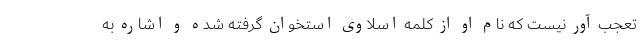
تعجب آور نیست که نام او از کلمه اسلاوی استخوان گرفته شده و اشاره به